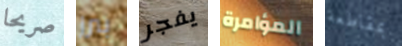
صريحا بيرز يفجر المؤامرة بمقاطعة